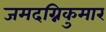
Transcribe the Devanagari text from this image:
जमदग्निकुमार